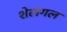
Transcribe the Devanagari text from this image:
शेलगल